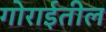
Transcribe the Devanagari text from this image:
गोराईतील